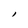
Character: I